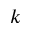
k